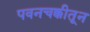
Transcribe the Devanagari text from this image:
पवनचक्कीतून